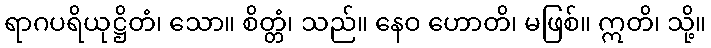
ရာဂပရိယုဋ္ဌိတံ၊ သော။ စိတ္တံ၊ သည်။ နေဝ ဟောတိ၊ မဖြစ်။ ဣတိ၊ သို့။